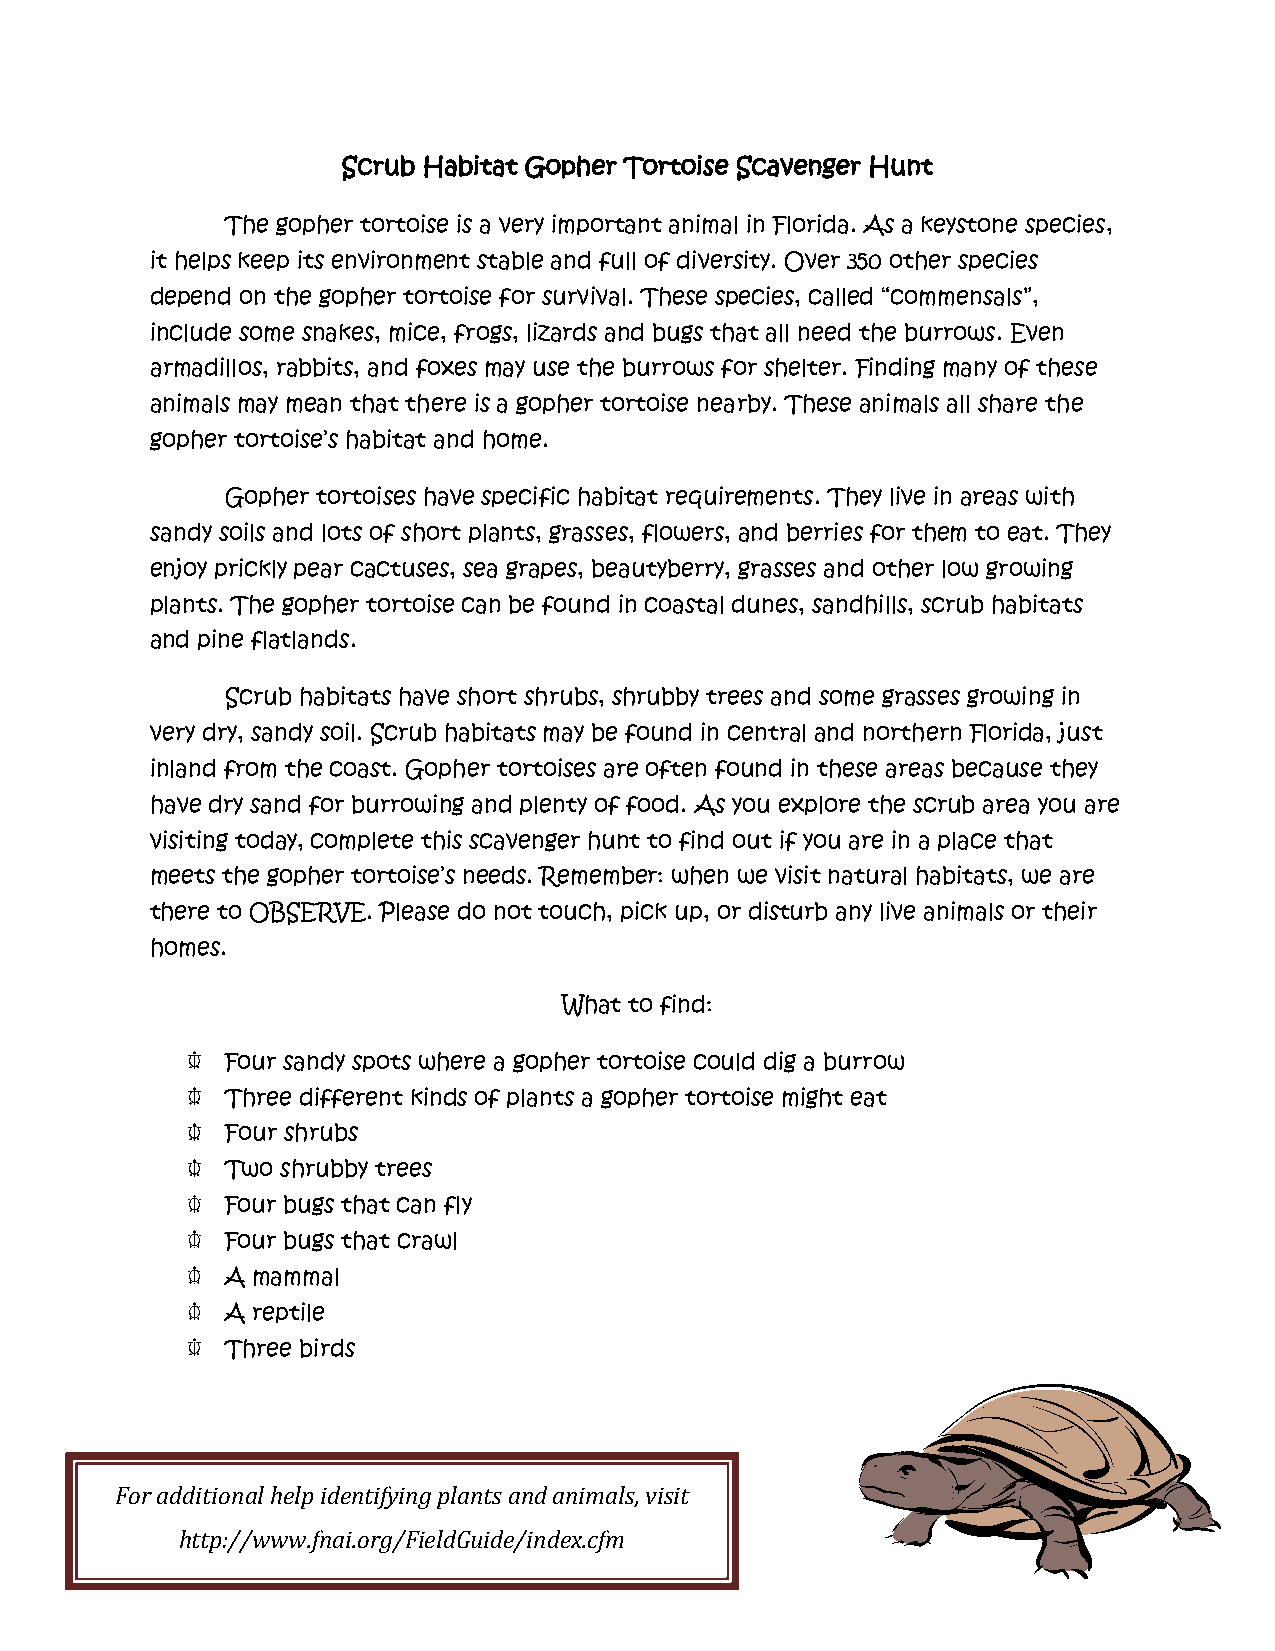
Scrub Habitat Gopher Tortoise Scavenger Hunt
 The gopher tortoise is a very important animal in Florida. As a keystone species,
 it helps keep its environment stable and full of diversity. Over 350 other species
 depend on the gopher tortoise for survival. These species, called “commensals”,
 include some snakes, mice, frogs, lizards and bugs that all need the burrows. Even
 armadillos, rabbits, and foxes may use the burrows for shelter. Finding many of these
 animals may mean that there is a gopher tortoise nearby. These animals all share the
 gopher tortoise’s habitat and home.
 Gopher tortoises have specific habitat requirements. They live in areas with
 sandy soils and lots of short plants, grasses, flowers, and berries for them to eat. They
 enjoy prickly pear cactuses, sea grapes, beautyberry, grasses and other low growing
 plants. The gopher tortoise can be found in coastal dunes, sandhills, scrub habitats
 and pine flatlands.
 Scrub habitats have short shrubs, shrubby trees and some grasses growing in
 very dry, sandy soil. Scrub habitats may be found in central and northern Florida, just
 inland from the coast. Gopher tortoises are often found in these areas because they
 have dry sand for burrowing and plenty of food. As you explore the scrub area you are
 visiting today, complete this scavenger hunt to find out if you are in a place that
 meets the gopher tortoise’s needs. Remember: when we visit natural habitats, we are
 there to OBSERVE. Please do not touch, pick up, or disturb any live animals or their
 homes.
 What to find:
 Four sandy spots where a gopher tortoise could dig a burrow
 Three different kinds of plants a gopher tortoise might eat
 Four shrubs
 Two shrubby trees
 Four bugs that can fly
 Four bugs that crawl
 A mammal
 A reptile
 Three birds
 For additional help identifying plants and animals, visit
 http://www.fnai.org/FieldGuide/index.cfm